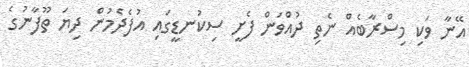
އޭނާ ވަކި މިސްރާބެއް ނެތި ދުއްވަން ފެށީ ސިކުނޑީގައި އުފެދެމުން ދިޔަ ތޫފާނުގެ